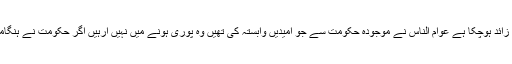
نئے پاکستان میں پولیس تک کا نظام پرانا ہے حکومت کو اب سال سے زائد ہوچکا ہے عوام الناس نے موجودہ حکومت سے جو امیدیں وابستہ کی تھیں وہ پوری ہونے میں نہیں آرہیں اگر حکومت نے ہنگامی اقدامات نافذ نہ کیے تو پولیس سمیت تمام ادارے ناکارہ ہوجائیں گے۔